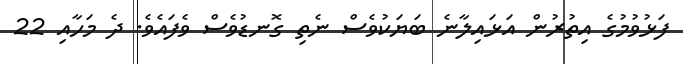
ފަޅުވުމުގެ އިތުރުން އަޅައިލާނެ ބަޔަކުވެސް ނެތި ގޮނޑުވެސް ވެފައެވެ. ދެ މަހާއި 22